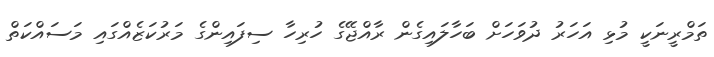
ތަމްރީނަކީ މުޅި އަހަރު ދުވަހަށް ބަހާލައިގެން ރާއްޖޭގެ ހުރިހާ ސިފައިންގެ މަރުކަޒެއްގައި މަސައްކަތް